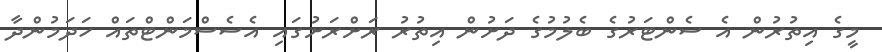
މީގެ އިތުރުން އެ ސެންޓަރުގެ ބެލުމުގެ ދަށުން އިތުރު ރަށްރަށުގައި އެސެސްމަންޓްތައް ހަދަމުންދާ